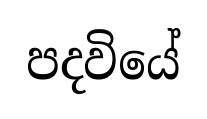
පදවියේ